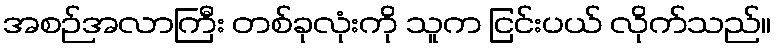
အစဉ်အလာကြီး တစ်ခုလုံးကို သူက ငြင်းပယ် လိုက်သည်။